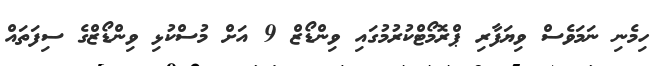
ހިމެނި ނަމަވެސް ވިޔަފާރި ޕްރޮމޯޓްކުރުމުގައި ވިންޑޯޒް 9 އަށް މުސްކުޅި ވިންޑޯޒްގެ ސިފަތައް